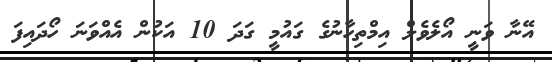
އޭނާ ވަނީ އޯލެވެލް އިމްތިހާނުގެ ގައުމީ ގަދަ 10 އަކުން އެއްވަނަ ހޯދައިފަ